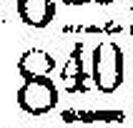
840